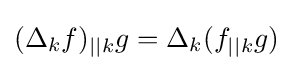
(\Delta _{k}f)_{||k}g=\Delta _{k}(f_{||k}g)